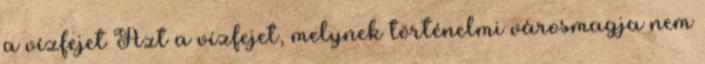
a vízfejet Azt a vízfejet, melynek történelmi városmagja nem